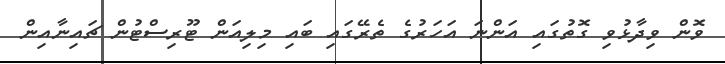
ވޮން ވިދާޅުވި ގޮތުގައި އަންނަ އަހަރުގެ ތެރޭގައި ބައި މިލިއަން ޓޫރިސްޓުން ޗައިނާއިން